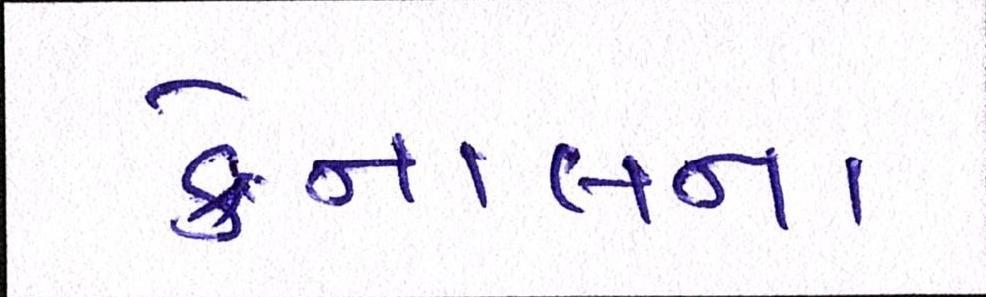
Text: કેનાલના